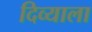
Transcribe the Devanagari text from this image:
दिव्याला